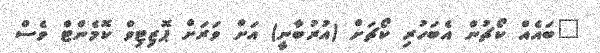
"ބައެއް ކޯޗުން އެބަހުރި ކޯޗަށް (އުރުބާނީ) އަށް ވަރަށް ޕޮޒިޓިވް ކޮމެންޓް ވެސް